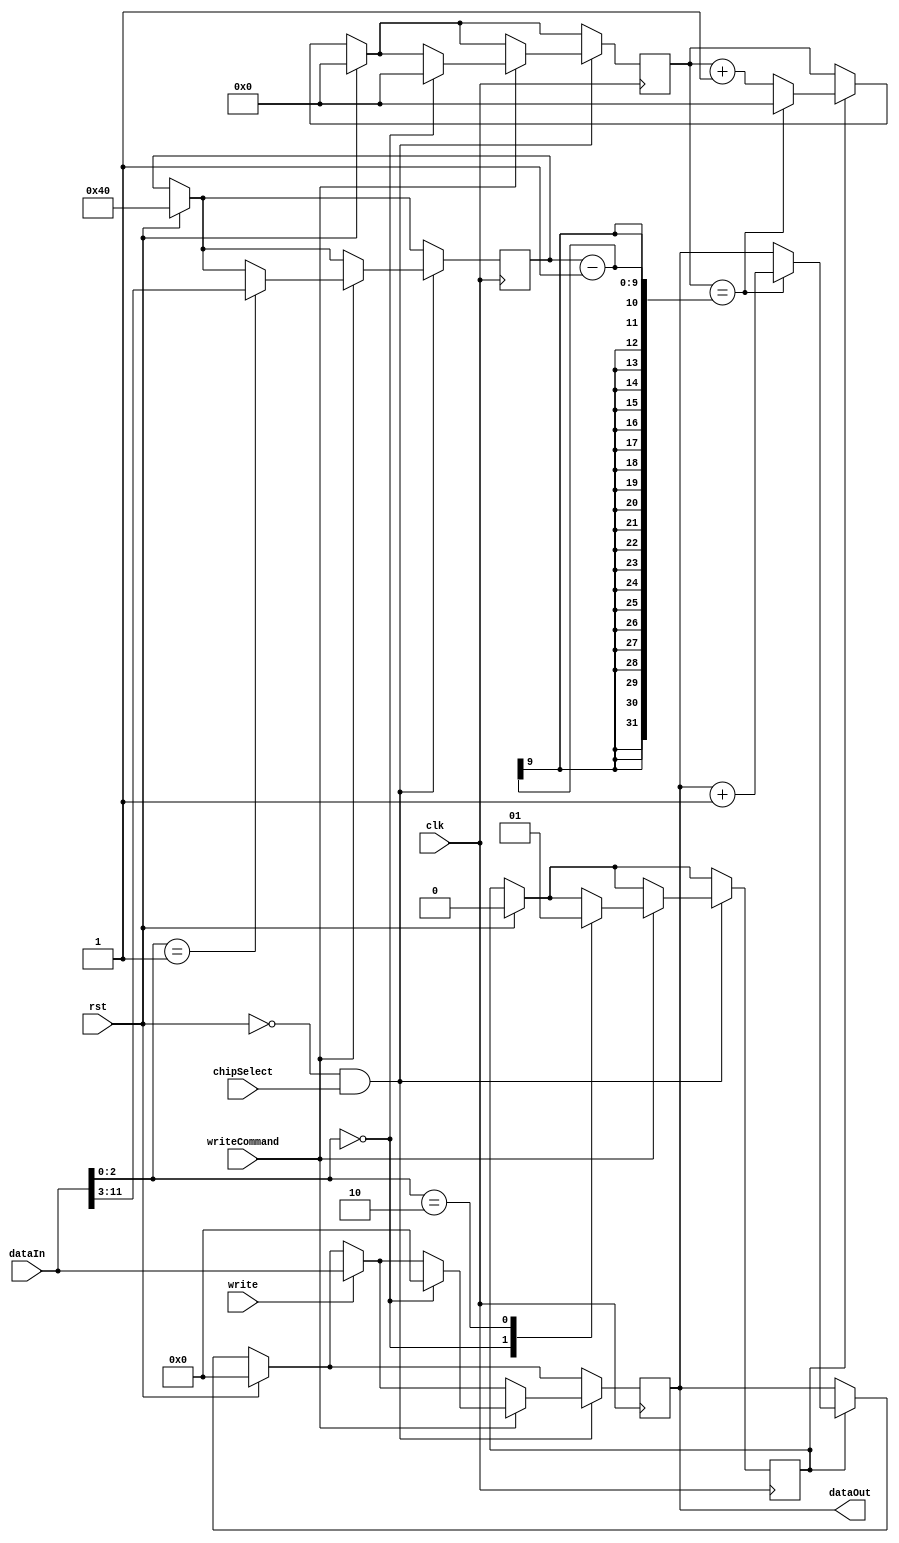
module Timer (
  input                 clk,
  input                 rst,
  input                 chipSelect,
  input                 write,
  input                 writeCommand,
  input         [31:0]  dataIn,
  output        [31:0]  dataOut
);

reg timerRunning;

reg   [8:0]   divideBy;
reg   [8:0]   divider;
reg   [31:0]  counter;

wire  [2:0]   cmd;
wire  [29:0]  cmd_arg;

always @(posedge clk)
begin
  if (rst)
  begin
    divider       <= 0;
    counter       <= 0;
    divideBy      <= 64;
    timerRunning  <= 0;
  end
  else if (timerRunning)
  begin
    divider <= divider + 1;
    if (divider == divideBy -1)
    begin
      divider <= 0;
      counter <= counter + 1;
    end
  end

  if (~rst && chipSelect)
  begin
    if (write)
      counter <= dataIn;
    if (writeCommand)
    begin
      // data[2:0]  == CMD
      // data[31:3] == DATA
      case (cmd)
        0: // Reset
        begin
          divider       <= 0;
          counter       <= 0;
          timerRunning  <= 0;
        end
        1: // Set Divide By
        begin
          divideBy <= cmd_arg[8:0];
        end
        2: // Start Timer
        begin
          timerRunning <= 1;
        end
      endcase
    end
  end
end

assign dataOut  = counter;
assign cmd      = dataIn[2:0];
assign cmd_arg  = dataIn[31:3];

endmodule